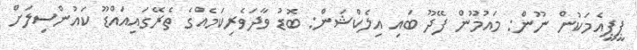
ޕީޕީއެމަކުން ނޫން: މައުމޫން ފޭދޫ ބައި އިލެކްޝަން: ބޮޑު ވާދަވެރިކަމެއްގެ ތެރޭގައިއައްޑޫ ކައުންސިލަށް